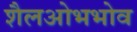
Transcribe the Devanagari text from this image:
शैलओभभोव